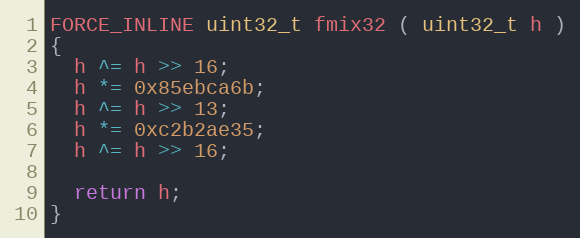
Language: C++
FORCE_INLINE uint32_t fmix32 ( uint32_t h )
{
  h ^= h >> 16;
  h *= 0x85ebca6b;
  h ^= h >> 13;
  h *= 0xc2b2ae35;
  h ^= h >> 16;

  return h;
}